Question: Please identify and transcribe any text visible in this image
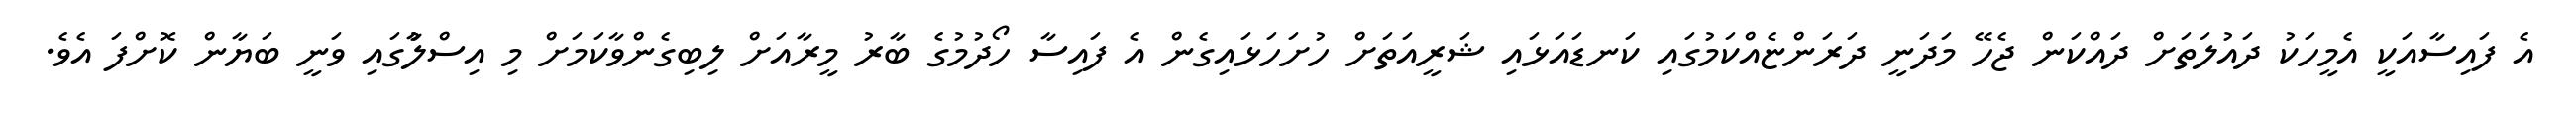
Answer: އެ ފައިސާއަކީ އެމީހަކު ދައުލަތަށް ދައްކަން ޖެހޭ މަދަނީ ދަރަންޏެއްކަމުގައި ކަނޑައަޅައި ޝަރީއަތަށް ހުށަހަޅައިގެން އެ ފައިސާ ހޯދުމުގެ ބާރު މީރާއަށް ލިބިގެންވާކަމަށް މި އިސްލާުގައި ވަނީ ބަޔާން ކޮށްފަ އެވެ.